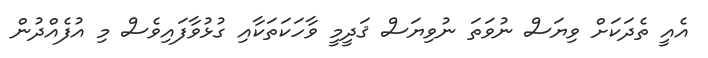
އެއީ ތެދަކަށް ވިޔަސް ނުވަތަ ނުވިޔަސް ޤަދީމީ ވާހަކަތަކާއި ގުޅުވާފައިވެސް މި އުފެއްދުން